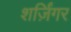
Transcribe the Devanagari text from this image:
शर्ज़िंगर